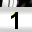
Digit: 1